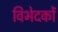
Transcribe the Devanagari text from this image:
विभेदकों